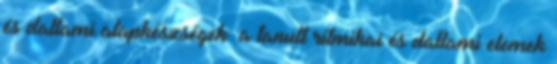
és dallami alapkészségek: a tanult ritmikai és dallami elemek